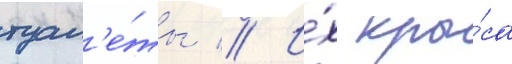
туал'е́ты // И́х кры́са